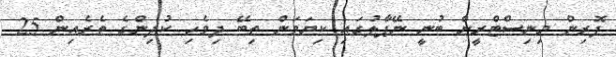
ފޮރިން މިނިސްޓްރީން ބުނީ ނޭޕާލުގައި ކިޔަވަން ތިބޭ ދިވެހި ކުދިންގެ ތެރެއިން 25